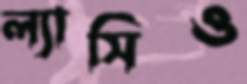
ল্যাসিও